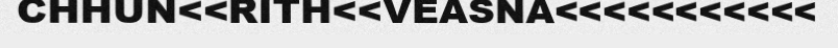
CHHUN<<RITH<<VEASNA<<<<<<<<<<<